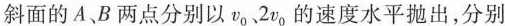
斜面的A、B两点分别以v_{0}、2v_{0}的速度水平抛出，分别